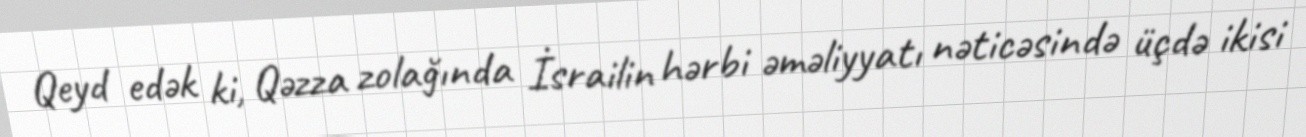
Qeyd edək ki, Qəzza zolağında İsrailin hərbi əməliyyatı nəticəsində üçdə ikisi